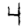
Digit: 4